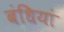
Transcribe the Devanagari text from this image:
बंधियां